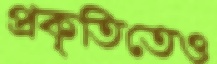
প্রকৃতিতেও